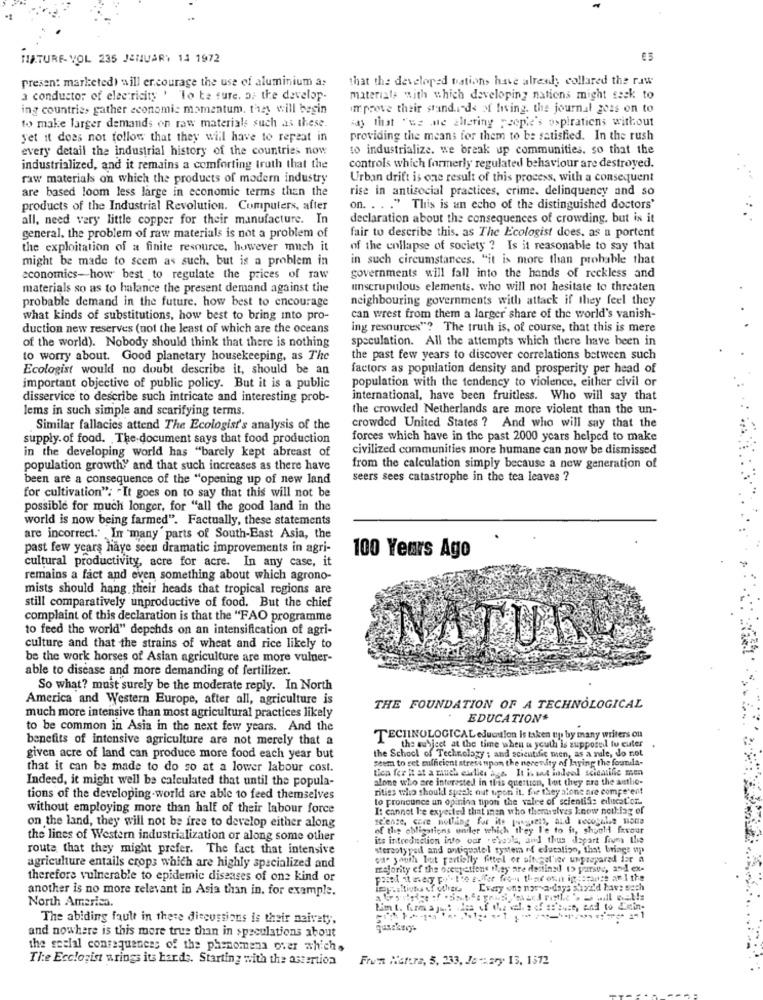
HIATURE VOL 235 JANUARY 14 1972
present marketed) will encourage the use of aluminium a:
that the developed tations have already collared the raw
a conductor of electricity ' To be sure, or the develop.
materials with which developing nations might seck to
ing countries gather economic momentum, they will begin
improve their standards of living. the journal go2s on to
kdy that "ez me altering people's aspirations without
to make larger demands on raw materials such as these.
Set it does not follow that they will have to repeat in
providing the means for them to be satisfied. In the rush
every detail the industrial history of the countries now
to industrialize. we break up communities. so that the
industrialized, and it remains a comforting truth that the
controls which formerly regulated behaviour are destroyed.
raw materials on which the products of modern industry
Urban drift is one result of this process, with a consequent
are based loom less large in economic terms than the
rise in antisocial practices, crime. delinquency and so
products of the Industrial Revolution. Computers, after
on. . . . " This is an echo of the distinguished doctors'
all, need very little copper for their manufacture. In
declaration about the consequences of crowding, but is it
fair to describe this, as The Ecologist does, as a portent
general, the problem of raw materials is not a problem of
the exploitation of a finite resource, however much it
of the collapse of society ? Is it reasonable to say that
might be made to scem as such, but is a problem in
in such circumstances. "it is more than probable that
economics- how best to regulate the prices of raw
governments will fall into the hands of reckless and
materials so as to halance the present demand against the
unscrupulous elements, who will not hesitate to threaten
probable demand in the future. how best to encourage
neighbouring governments with attack if they feel they
what kinds of substitutions, how best to bring into pro-
can wrest from them a larger share of the world's vanish-
duction new reserves (not the least of which are the oceans
ing resources"? The truth is, of course, that this is mere
speculation. All the attempts which there have been in
of the world). Nobody should think that there is nothing
to worry about. Good planetary housekeeping, as The
the past few years to discover correlations between such
Ecologist would no doubt describe it, should be an
factors as population density and prosperity per head of
population with the tendency to violence, either civil or
important objective of public policy. But it is a public
disservice to describe such intricate and interesting prob-
international, have been fruitless. Who will say that
lems in such simple and scarifying terms.
the crowded Netherlands are more violent than the un-
Similar fallacies attend The Ecologist's analysis of the
crowded United States ? And who will say that the
supply. of food. The document says that food production
forces which have in the past 2000 ycars helped to make
in the developing world has "barely kept abreast of
civilized communities more humane can now be dismissed
population growthy and that such increases as there have
from the calculation simply because a new generation of
been are a consequence of the "opening up of new land
seers sees catastrophe in the tea leaves ?
for cultivation": "It goes on to say that this will not be
possible for much longer, for "all the good land in the
world is now being farmed". Factually, these statements
are incorrect." In many parts of South-East Asia, the
past few years have seen dramatic improvements in agri-
100 Years Ago
cultural productivity, acre for acre. In any case, it
remains a fact and even something about which agrono-
mists should hang their heads that tropical regions are
still comparatively unproductive of food. But the chief
complaint of this declaration is that the "FAO programme
to feed the world" depends on an intensification of agri-
culture and that the strains of wheat and rice likely to
NATURE
be the work horses of Asian agriculture are more vulner-
able to disease and more demanding of fertilizer.
So what? must surely be the moderate reply. In North
America and Western Europe, after all, agriculture is
much more intensive than most agricultural practices likely
THE FOUNDATION OF A TECHNOLOGICAL
EDUCATION*
to be common in Asia in the next few years. And the
benefits of intensive agriculture are not merely that a
TECHNOLOGICAL education is taken up by many writers on
the subject at the time when a youth is supposed to cuter
given acre of land can produce more food each year but
the School of Technology ; and scientific men, as a rule, do not
seem to ret sufficient stress upon the nerenity of laying the founda-
that it can be made to do so at a lower labour cost.
tien fer it at a zauch eslies ass. It is set indeel scientific men
Indeed, it might well be calculated that until the popula-
alone who are interested in this question, lot they nra the antlie-
ritiss who should speak out upon it. fir they alone are competent
tions of the developing world are able to feed themselves
to pronounce an opinion tipon the value of scientis: educat'or.
without employing more than half of their labour force
It cannot be expected that inen who themselves know neillag of
scienze, care notlling for is pavgrens, and recogale nome
on the land, they will not be free to develop either along
of the obligations under which they l'e to in, should favour
the lines of Western industrialization or along some other
its introduction into our .escola, and thus depart from the
route that they might prefer. The fact that intensive
stereotyped and antiquatel system of education, that brings up
of youth but partially fittel or oltegel'ler unprepared for a
agriculture entails crops which are highly specialized and
majority of the occupetiene they are destinyd (> pursthe, and ex-
therefore vulnerable to epidemic diseases of one kind or
another is no more relevant in Asia than in. for example.
Every one nar-a-days shyi'd have such
North America.
The abiding fault in these discussions is their naivety,
and nowhere is this more true than in speculations about
the social consequences of the phenomena over whichs
The Ecclogist wrings its harde. Starting with the astertion
Frun Natura, 5, 233, Je : zry 13, 1572